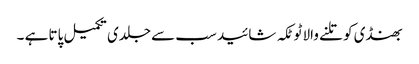
بھنڈی کو تلنے والا ٹوٹکہ شائید سب سے جلدی تکمیل پاتا ہے ۔